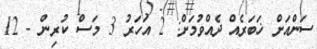
ސަންއަށް ޚަބަރެއް ދެއްވުމަށް: 2 އަހަރު 3 މަސް ކުރިން - 12